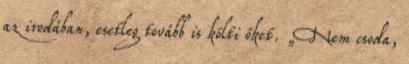
az irodában, esetleg tovább is költi őket. „Nem csoda,